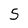
Character: 5